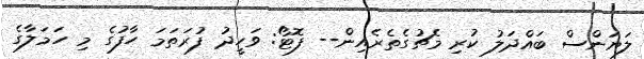
ލަޔަންސް ބައްދަލު ކުރި މެޗުގެތެރެއިން-- ފޮޓޯ: ވަހީދު ފުރަތަމަ ހާފުގެ މި ހަމަލާގެ